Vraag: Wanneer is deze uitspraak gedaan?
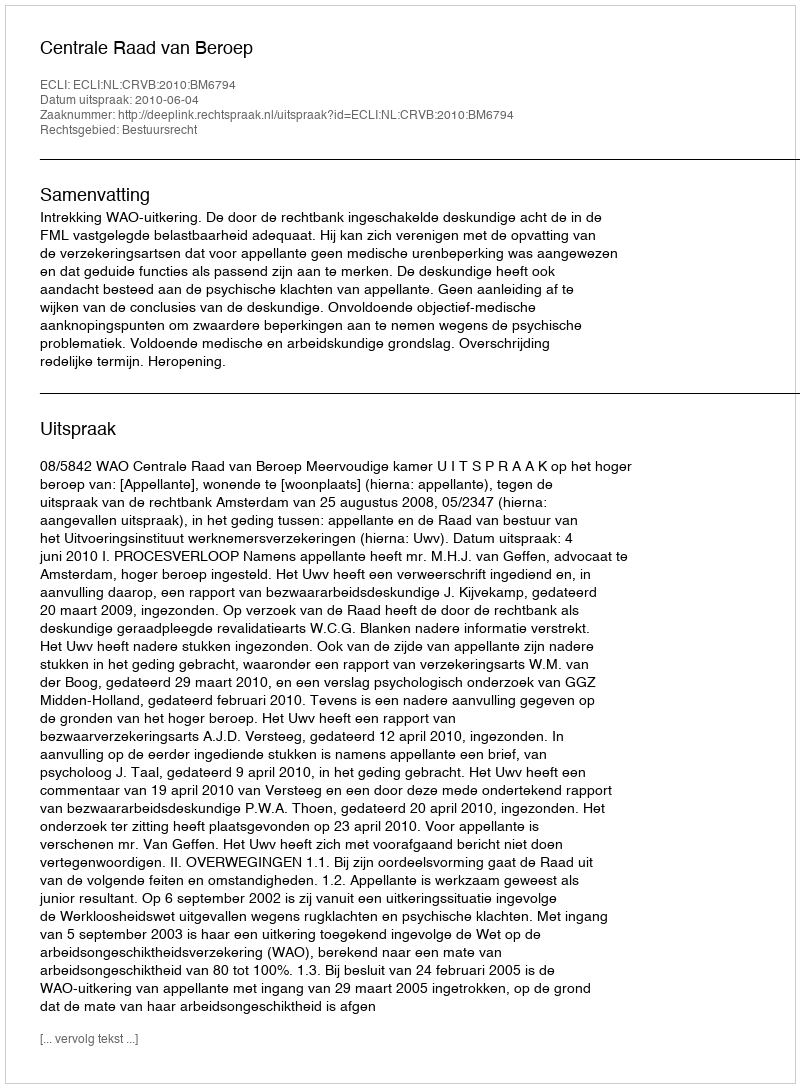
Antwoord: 2010-06-04